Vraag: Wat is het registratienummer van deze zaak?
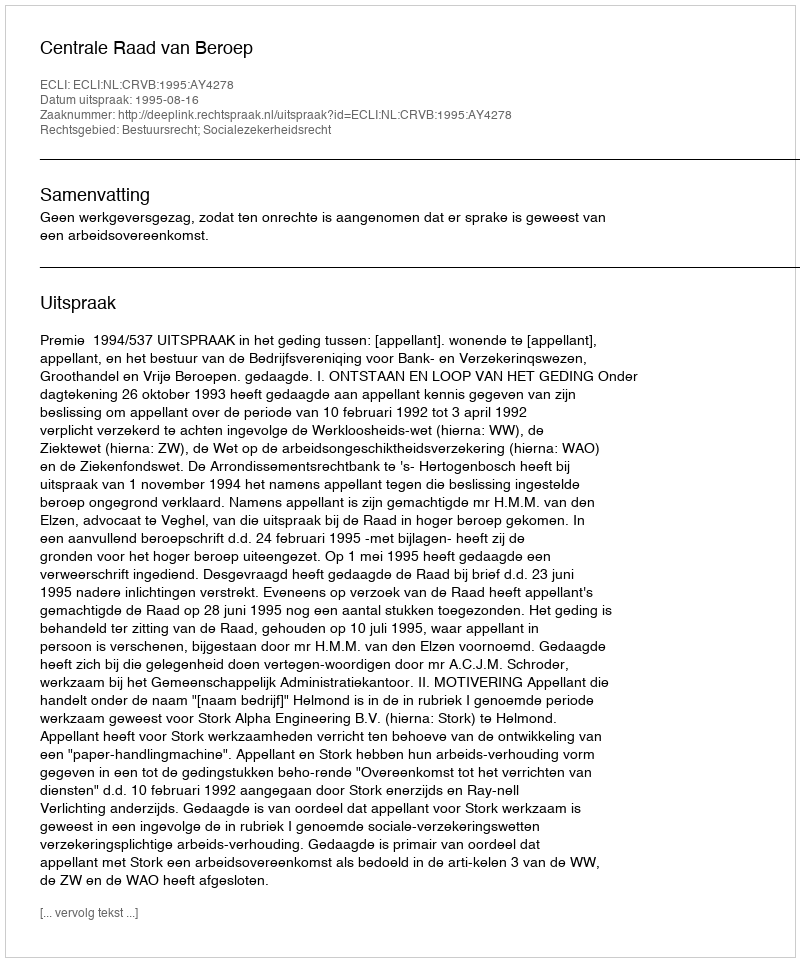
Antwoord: http://deeplink.rechtspraak.nl/uitspraak?id=ECLI:NL:CRVB:1995:AY4278